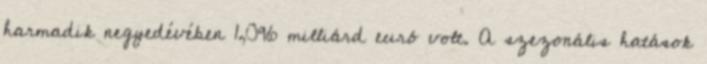
harmadik negyedévében 1,096 milliárd euró volt. A szezonális hatások